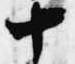
十